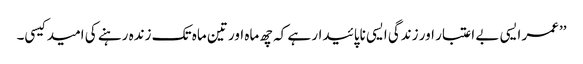
’’عمر ایسی بے اعتبار اور زندگی ایسی ناپائیدار ہے کہ چھ ماہ اور تین ماہ تک زندہ رہنے کی امید کیسی۔